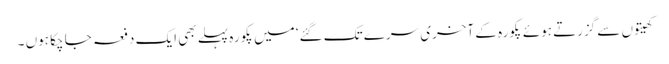
کھیتوں سے گزرتے ہوئے پکورہ کے آخری سرے تک گئے‘ میں پکورہ پہلے بھی ایک دفعہ جا چکا ہوں ۔